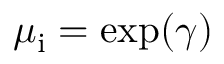
\mu _ { \mathrm { i } } = \exp ( \gamma )